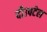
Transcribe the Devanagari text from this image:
दी।पटेल